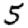
Digit: 5